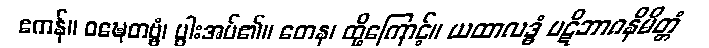
ဧကန်။ ဝဍ္ဎေတဗ္ဗံ၊ ပွါးအပ်၏။ တေန၊ ထို့ကြောင့်။ ယထာလဒ္ဓံ ပဋိဘာဂနိမိတ္တံ